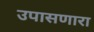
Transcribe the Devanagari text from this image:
उपासणारा